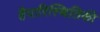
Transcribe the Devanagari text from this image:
हैपारिस्थितिकी